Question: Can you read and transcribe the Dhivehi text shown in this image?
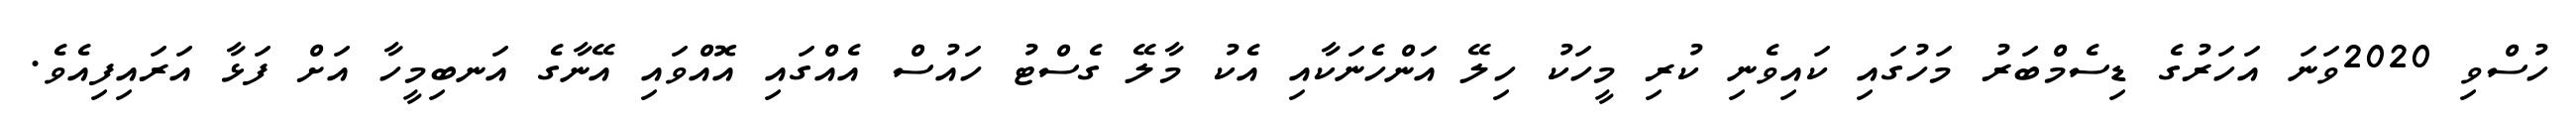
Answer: ހުސްވި 2020ވަނަ އަހަރުގެ ޑިސެމްބަރު މަހުގައި ކައިވެނި ކުރި މީހަކު ހިލޭ އަންހެނަކާއި އެކު މާލޭ ގެސްޓު ހައުސް އެއްގައި އޮއްވައި އޭނާގެ އަނބިމީހާ އަށް ފަޅާ އަރައިފިއެވެ.